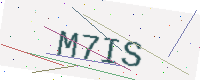
Text: M7IS